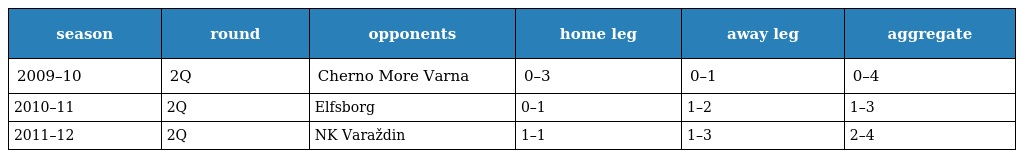
| season | round | opponents | home leg | away leg | aggregate |
 | --- | --- | --- | --- | --- | --- |
 | 2009–10 | 2Q | Cherno More Varna | 0–3 | 0–1 | 0–4 |
 | 2010–11 | 2Q | Elfsborg | 0–1 | 1–2 | 1–3 |
 | 2011–12 | 2Q | NK Varaždin | 1–1 | 1–3 | 2–4 |